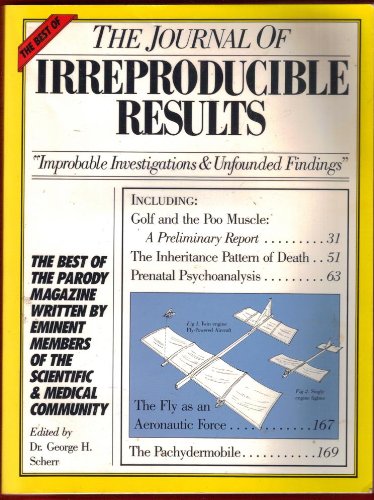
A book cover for The Best of the Journal of Irreproducible Results; George H. Scherr; Humor & Entertainment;